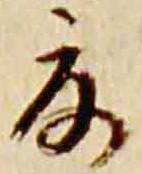
夏